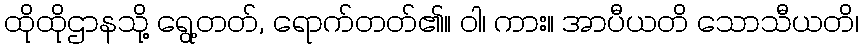
ထိုထိုဌာနသို့ ရွေ့တတ်, ရောက်တတ်၏။ ဝါ၊ ကား။ အာပီယတိ သောသီယတိ၊